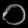
Digit: ၀